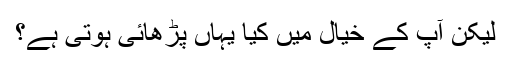
لیکن آپ کے خیال میں کیا یہاں پڑھائی ہوتی ہے؟